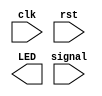
module MIDIsampler	(
						input signal,clk,rst,
						output[7:0] LED
					);

endmodule